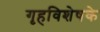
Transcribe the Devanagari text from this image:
गृहविशेषके